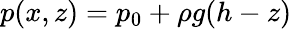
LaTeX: p(x,z)=p_{0}+\rho g(h-z)